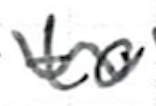
Text: to
Cross-out: wave
Writing tool: ballpoint